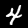
Digit: 4